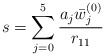
\begin{align*}s = \sum_{j=0}^5 {a_j {\bar w}_j^{(0)} \over r_{11}}\end{align*}